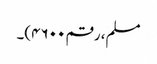
مسلم، رقم ۴۶۰۰)۔